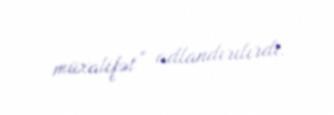
müxalifət” adlandırılırdı.